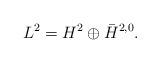
LaTeX: \begin{align*}L^2=H^2\oplus\bar{H}^{2,0}.\end{align*}